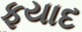
ફયાદ